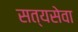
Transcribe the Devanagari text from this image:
सत्यसेवा